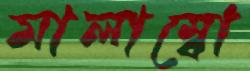
মালাম্বো